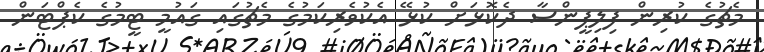
މެޗުގެ ކުރިން ފިލިޕީންސާ ދެކޮޅަށް ކުޅޭ އެކުވެރިކަމުގެ މެޗުގައި ގައުމީ ޓީމުގެ ކެޕްޓަން